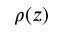
\rho ( z )